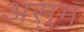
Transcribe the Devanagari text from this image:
असुम